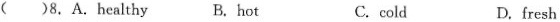
()8.A.Healthy B.hot C.cold D.fresh